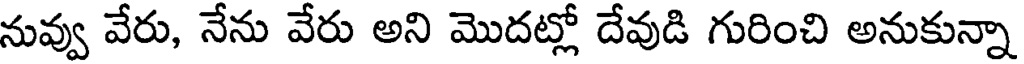
నువ్వు వేరు, నేను వేరు అని మొదట్లో దేవుడి గురించి అనుకున్నా